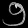
Digit: ၅